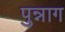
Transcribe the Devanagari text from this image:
पुन्नाग